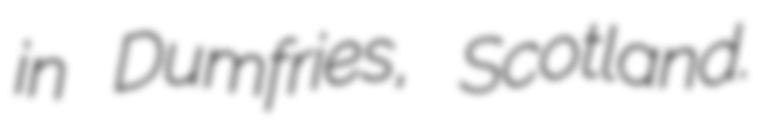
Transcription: in Dumfries, Scotland.